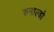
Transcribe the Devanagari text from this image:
रुनाल्डो